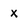
Character: x